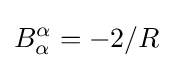
B_{\alpha }^{\alpha }=-2/R